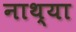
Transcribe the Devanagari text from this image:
नाथ्या